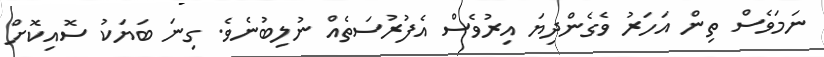
ނަމަވެސް ތިން އަހަރު ވެގެންދިޔަ އިރުވެސް އެފުރުސަތެއް ނުލިބުނެވެ. ގިނަ ބަޔަކު ސޮއިކޮށް